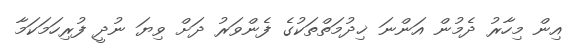
އިން މިހާރު ދެމުން އަންނަ ޚިދުމަތްތަކުގެ ފެންވަރު ދަށް ވިޔަ ނުދީ ފުރިހަމަކަމާ